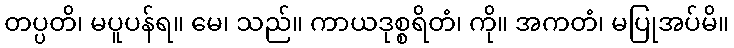
တပ္ပတိ၊ မပူပန်ရ။ မေ၊ သည်။ ကာယဒုစ္စရိတံ၊ ကို။ အကတံ၊ မပြုအပ်မိ။